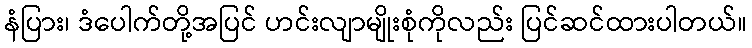
နံပြား၊ ဒံပေါက်တို့အပြင် ဟင်းလျာမျိုးစုံကိုလည်း ပြင်ဆင်ထားပါတယ်။